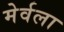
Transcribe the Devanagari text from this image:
मेर्वला